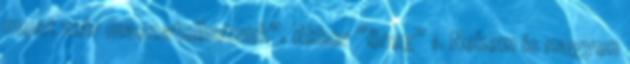
most már maszatolhatunk”. Akkor “öreg” 1. Nekem is nagyon